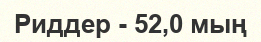
Риддер - 52,0 мың